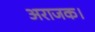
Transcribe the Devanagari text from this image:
अराजक।